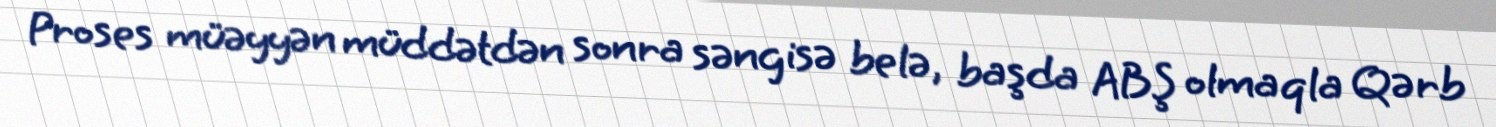
Proses müəyyən müddətdən sonra səngisə belə, başda ABŞ olmaqla Qərb